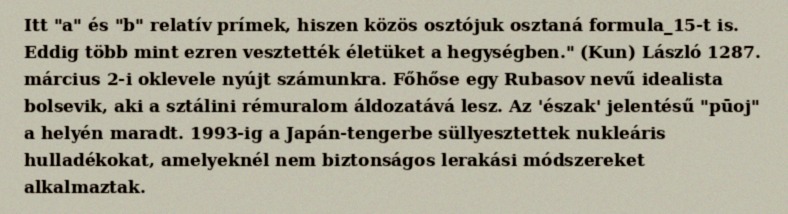
Itt "a" és "b" relatív prímek, hiszen közös osztójuk osztaná formula_15-t is. Eddig több mint ezren vesztették életüket a hegységben." (Kun) László 1287. március 2-i oklevele nyújt számunkra. Főhőse egy Rubasov nevű idealista bolsevik, aki a sztálini rémuralom áldozatává lesz. Az 'észak' jelentésű "pūoj" a helyén maradt. 1993-ig a Japán-tengerbe süllyesztettek nukleáris hulladékokat, amelyeknél nem biztonságos lerakási módszereket alkalmaztak.